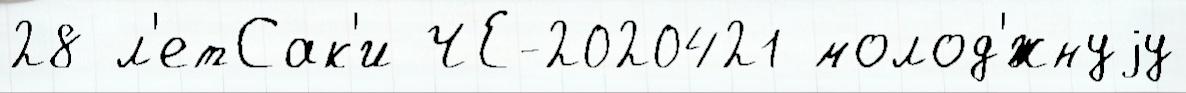
28 л'етСак'и ЧЕ-2020421 молод'́жнуjу